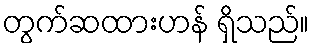
တွက်ဆထားဟန် ရှိသည်။